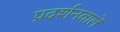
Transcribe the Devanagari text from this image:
प्रदर्शनवाले